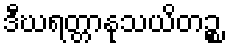
ဒီဃရတ္တာနုသယိတဉ္စ